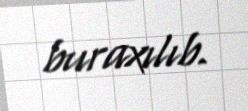
buraxılıb.